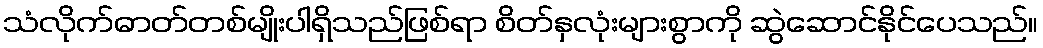
သံလိုက်ဓာတ်တစ်မျိုးပါရှိသည်ဖြစ်ရာ စိတ်နှလုံးများစွာကို ဆွဲဆောင်နိုင်ပေသည်။